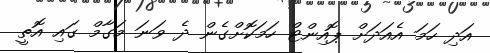
އަދި ހަމަ އެއަދަަށް ޕޮއިންޓް ހަމަކޮށްގެން ދެ ވަނަ މަގާމް ގައި އޮތީ